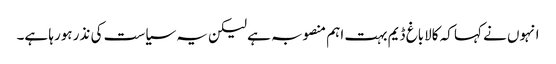
انہوں نے کہا کہ کالاباغ ڈیم بہت اہم منصوبہ ہے لیکن یہ سیاست کی نذر ہورہا ہے۔